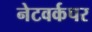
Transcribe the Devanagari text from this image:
नेटवर्कपर